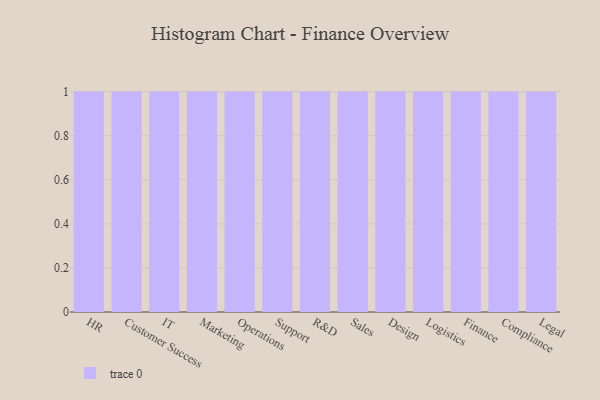
{"axis": {"x": "Department", "y": "Gross Profit (USD K)"}, "legend": [""], "data": [{"x": "HR", "y": 88, "type": ""}, {"x": "Customer Success", "y": 84, "type": ""}, {"x": "IT", "y": 69, "type": ""}, {"x": "Marketing", "y": 96, "type": ""}, {"x": "Operations", "y": 1, "type": ""}, {"x": "Support", "y": 38, "type": ""}, {"x": "R&D", "y": 18, "type": ""}, {"x": "Sales", "y": 89, "type": ""}, {"x": "Design", "y": 3, "type": ""}, {"x": "Logistics", "y": 95, "type": ""}, {"x": "Finance", "y": 22, "type": ""}, {"x": "Compliance", "y": 64, "type": ""}, {"x": "Legal", "y": 86, "type": ""}]}